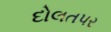
દોલતપર